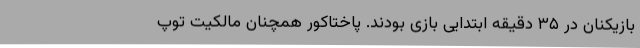
بازیکنان در ۳۵ دقیقه ابتدایی بازی بودند. پاختاکور همچنان مالکیت توپ